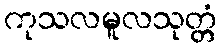
ကုသလမူလသုတ္တံ